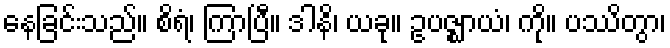
နေခြင်းသည်။ စိရံ၊ ကြာပြီ။ ဒါနိ၊ ယခု။ ဥပဇ္ဈာယံ၊ ကို။ ပဿိတွာ၊